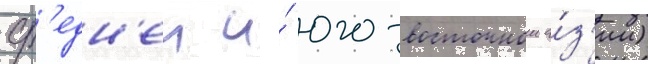
ср'едн'еи и́ юго-восточнои а́з'ии)